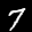
Label: 7